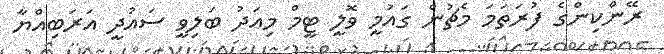
ރޭންކިންގެ ފުރަތަމަ މެޗުން ގައުމީ ވޮލީ ޓީމް މިއަދު ބަލިވީ ސައުދީ އަރަބިއްޔާ